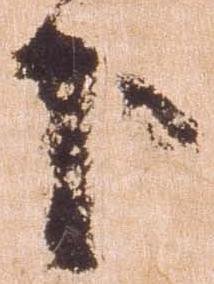
下